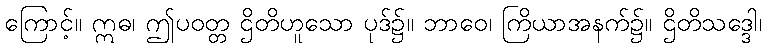
ကြောင့်။ ဣဓ၊ ဤပဝတ္တ ဌိတိဟူသော ပုဒ်၌။ ဘာဝေ၊ ကြိယာအနက်၌။ ဌိတိသဒ္ဒေါ၊